Report on vaccination in Madras 1877-1894 - 1877-1894
Year: 1877
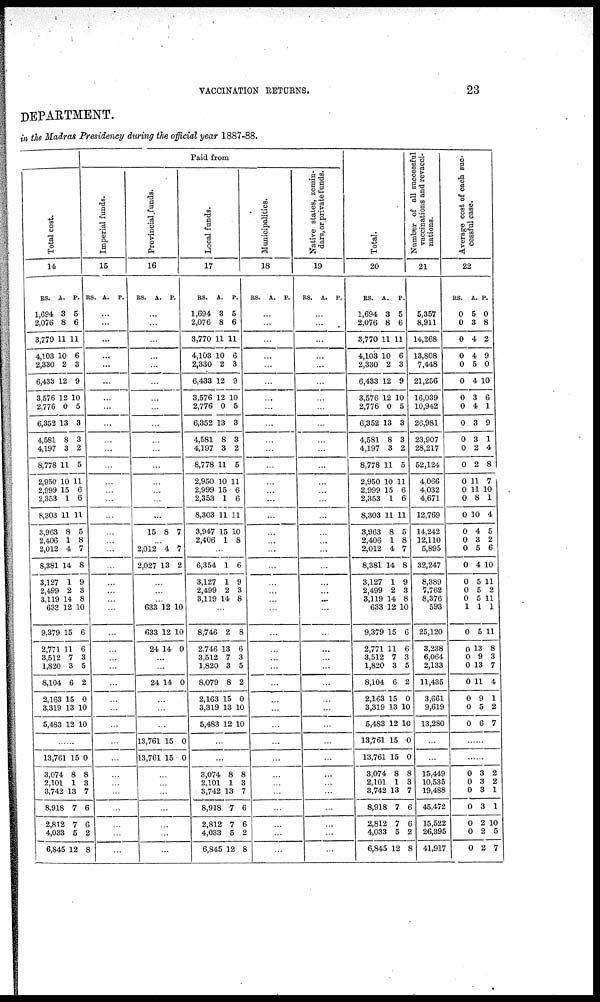
VACCINATION RETURNS.
23
DEPARTMENT.
in the Madras Presidency during the official year 1887-88.
Total cost.
14
RS.
1,694
2,076
3,770
4,103
2,330
6,433
3,576
2,776
6,352
4,581
4,197
8,778
2,950
2,999
2,353
8,303
3,963
2,406
2,012
8,381
3,127
2,499
3,119
633
9,379
2,771
3,512
1,820
8,104
2,163
3,319
5,483
A.
3
8
11
10
2
12
12
0
13
8
3
11
10
15
1
11
8
1
4
14
1
2
14
12
15
11
7
3
6
15
13
12
P.
5
6
11
6
3
9
10
5
3
3
2
5
11
6
6
11
5
8
7
8
9
3
8
10
6
6
3
5
2
0
10
10
...
13,761
3,074
2,101
3,742
8,918
2,812
4,033
6,845
15
8
1
13
7
7
5
12
0
8
3
7
6
6
2
8
Paid from
Imperial funds.
15
RS. A. P.
...
...
...
...
...
...
...
...
...
...
...
...
...
...
...
...
...
...
...
...
...
...
...
...
...
...
...
...
...
...
...
...
...
...
...
...
...
...
...
...
...
Provincial funds.
16
RS.
A. P.
...
...
...
...
...
...
...
...
...
...
...
...
...
...
...
...
15 8 7
...
2,012
2,027
4
13
7
2
...
...
...
633
633
24
12
12
14
10
10
0
...
...
24 14 0
...
...
...
13,761
13,761
15
15
0
0
...
...
...
...
...
...
...
Local funds.
17
RS.
1,694
2,076
3,770
4,103
2,330
6,433
3,576
2,776
6,352
4,581
4,197
8,778
2,950
2,999
2,353
8,303
3,947
2,406
A.
3
8
11
10
2
12
12
0
13
8
3
11
10
15
1
11
15
1
P.
5
6
11
6
3
9
10
5
3
3
2
5
11
6
6
11
10
8
...
6,354
3,127
2,499
3,119
1
1
2
14
6
9
3
8
...
8,746
2,746
3,512
1,820
8,079
2,163
3,319
5,483
2
13
7
3
8
15
13
12
8
6
3
5
2
0
10
10
...
...
3,074
2,101
3,742
8,918
2,812
4,033
6,845
8
1
13
7
7
5
12
8
3
7
6
6
2
8
Municipalities.
18
RS.
A. P.
...
...
...
...
...
...
...
...
...
...
...
...
...
...
...
...
...
...
...
...
...
...
...
...
...
...
...
...
...
...
...
...
...
...
...
...
...
...
...
...
...
Native states, zemin-
dars, or private funds.
19
RS. A. P.
...
...
...
...
...
...
...
...
...
...
...
...
...
...
...
...
...
...
...
...
...
...
...
...
...
...
...
...
...
...
...
...
...
...
...
...
...
...
...
...
...
Total.
20
RS.
1,694
2,076
3,770
4,103
2,330
6,433
3,576
2,776
6,352
4,581
4,197
8,778
2,950
2,999
2,353
8,303
3,963
2,406
2,012
8,381
3,127
2,499
3,119
633
9,379
2,771
3,512
1,820
8,104
2,163
3,319
5,483
13,761
13,761
3,074
2,101
3,742
8,918
2,812
4,033
6,845
A.
3
8
11
10
2
12
12
0
13
8
3
11
10
15
1
11
8
1
4
14
1
2
14
12
15
11
7
3
6
15
13
12
15
15
8
1
13
7
7
5
12
P.
5
6
11
6
3
9
10
5
3
3
2
5
11
6
6
11
5
8
7
8
9
3
8
10
6
6
3
5
2
0
10
10
0
0
8
3
7
6
6
2
8
Number of all successful
vaccinations and revacci¬
nations.
21
5,357
8,911
14,268
13,808
7,448
21,256
16,039
10,942
26,981
23,907
28,217
52,124
4,066
4,032
4,671
12,769
14,242
12,110
5,895
32,247
8,389
7,762
8,376
593
25,120
3,238
6,064
2,133
11,435
3,661
9,619
13,280
...
...
15,449
10,535
19,488
45,472
15,522
26,395
41,917
Average cost of each suc-
cessful case.
22
RS.
0
0
0
0
0
0
0
0
0
0
0
0
0
0
0
0
0
0
0
0
0
0
0
1
0
0
0
0
0
0
0
0
A.
5
3
4
4
5
4
3
4
3
3
2
2
11
11
8
10
4
3
5
4
5
5
5
1
5
13
9
13
11
9
5
6
P.
0
8
2
9
0
10
6
1
9
1
4
8
7
10
1
4
5
2
6
10
11
2
11
1
11
8
3
7
4
1
2
7
...
...
0
0
0
0
0
0
0
3
3
3
3
2
2
2
2
2
1
1
10
5
7